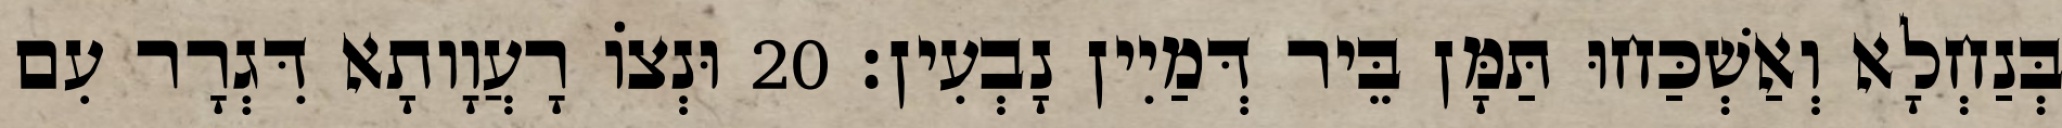
בְּנַחְלָא וְאַשְׁכַּחוּ תַּמָּן בֵּיר דְּמַיִין נָבְעִין׃ 20 וּנְצוֹ רָעֲוָותָא דִּגְרָר עִם